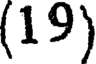
(19)